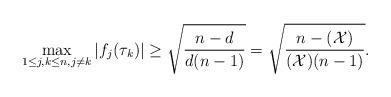
LaTeX: \begin{align*} \max _{1\leq j,k \leq n, j\neq k}|f_j(\tau_k)|\geq \sqrt{\frac{n-d}{d(n-1)}}= \sqrt{\frac{n-(\mathcal{X})}{(\mathcal{X})(n-1)}}. \end{align*}